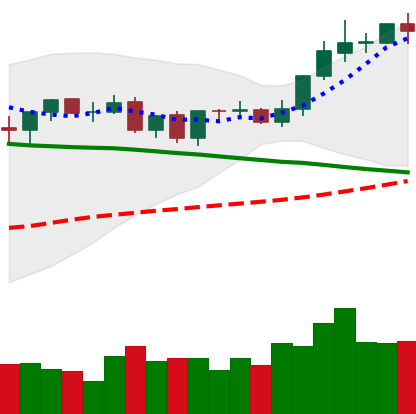
Ticker: TRX-USD
Chart end date: 2021-09-06
Forward return: -8.014%
Label: down_7plus